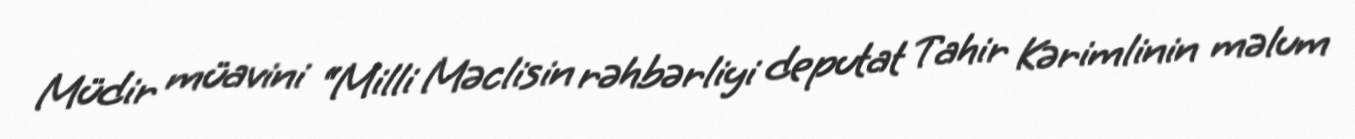
Müdir müavini “Milli Məclisin rəhbərliyi deputat Tahir Kərimlinin məlum